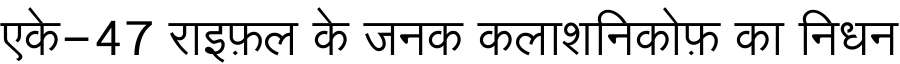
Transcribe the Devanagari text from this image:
एके-47 राइफ़ल के जनक कलाशनिकोफ़ का निधन